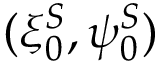
( \xi _ { 0 } ^ { S } , \psi _ { 0 } ^ { S } )